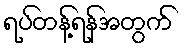
ရပ်တန့်ရန်အတွက်